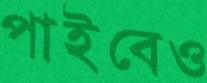
পাইবেও